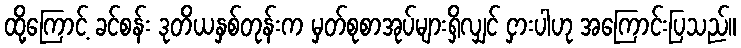
ထို့ကြောင့် ခင်စန်း ဒုတိယနှစ်တုန်းက မှတ်စုစာအုပ်များရှိလျှင် ငှားပါဟု အကြောင်းပြသည်။